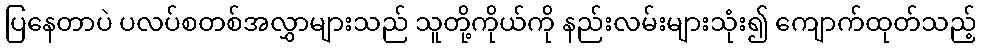
ပြနေတာပဲ ပလပ်စတစ်အလွှာများသည် သူတို့ကိုယ်ကို နည်းလမ်းများသုံး၍ ကျောက်ထုတ်သည့်